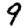
Digit: 9